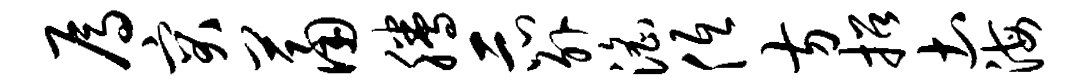
焉突萧腾示外淫低方招土海